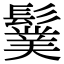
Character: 𩯏